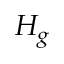
H _ { g }